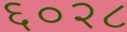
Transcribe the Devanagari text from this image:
६०२८